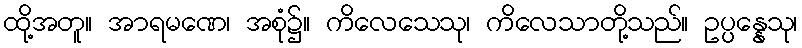
ထို့အတူ။ အာရမဏေ၊ အစုံ၌။ ကိလေသေသု၊ ကိလေသာတို့သည်။ ဥပ္ပန္နေသု၊